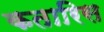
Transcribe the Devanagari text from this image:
कतारिस